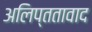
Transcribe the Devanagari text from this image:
अलिप्ततावाद